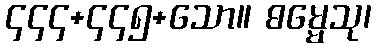
၄၄၄+၄၄၅+သော။ ဓမ္မေသု၊